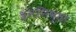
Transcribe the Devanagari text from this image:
श्रमनिष्ठा